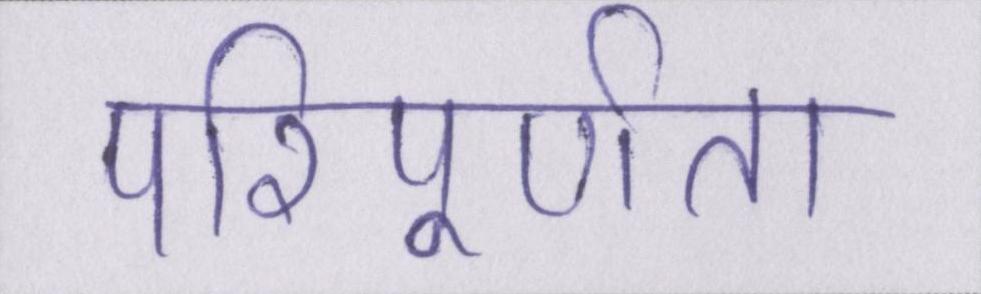
परिपूर्णता